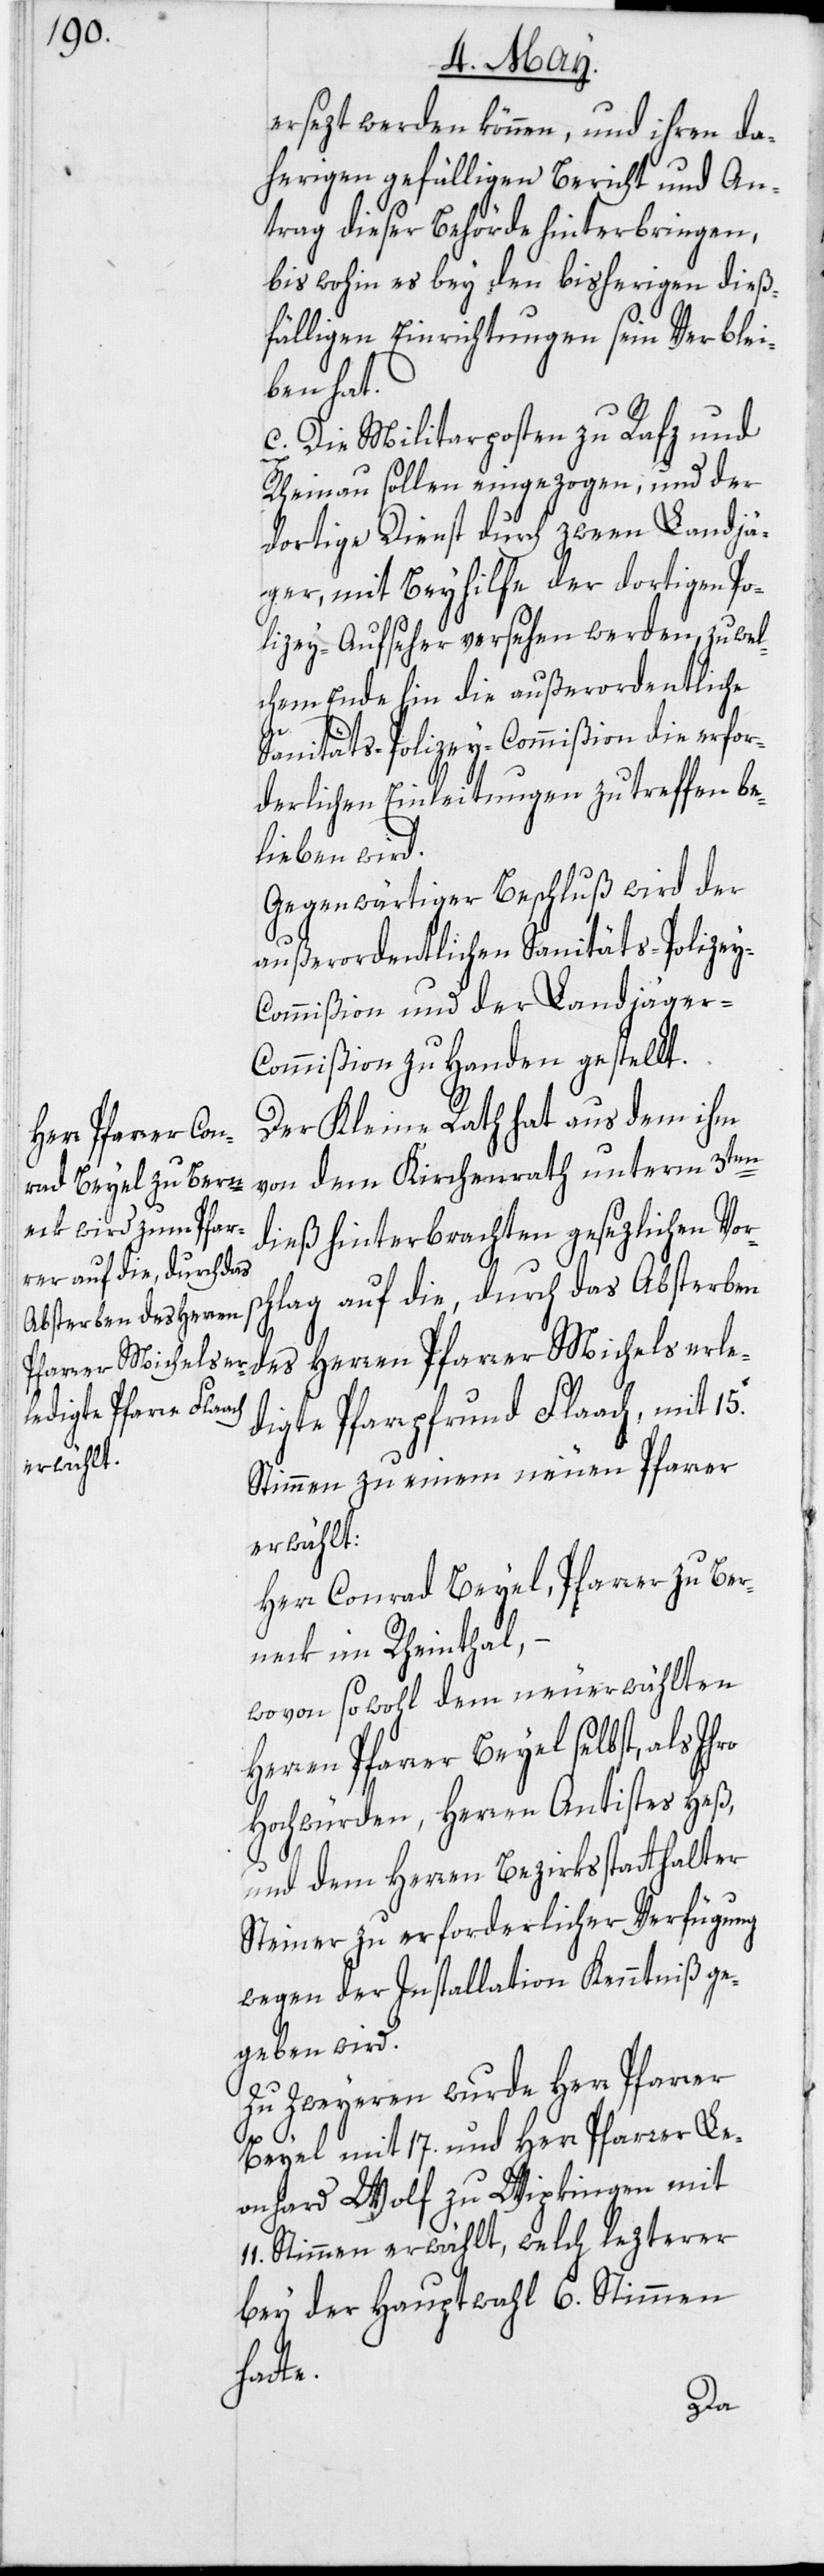
[sic!] werden können, und ihren da¬
herigen gefälligen Bericht und An¬
trag dieser Behörde hinterbringen,
bis wohin es bey den bisherigen dieß¬
fälligen Einrichtungen sein Verblei¬
ben hat.
c. Die Militarposten zu Rafz und
Rheinau sollen eingezogen, und der
dortige Dienst durch zween Landjä¬
ger, mit Beyhilfe der dortigen Po¬
lizey-Aufseher versehen werden, zu we¬
lchem Ende hin die außerordentliche
Sanitäts-Polizey-Commißion die erfor¬
derlichen Einleitungen zu treffen be¬
lieben wird.
Gegenwärtiger Beschluß wird der
außerordentlichen Sanitäts-Polize¬
y-Commißion und der Landjäger-C¬
ommißion zu Handen gestellt.
Der Kleine Rath hat aus dem ihm
von dem Kirchenrath unterm 3ten
dieß hinterbrachten gesezlichen Vors¬
chlag auf die, durch das Absterben
des Herren Pfarrer Michels erle¬
digte Pfarrpfrund Flaach, mit 15.
Stimmen zu einem neuen Pfarrer
erwählt:
Herr Conrad Beyel, Pfarrer zu Ber¬
neck im Rheinthal,
wovon sowohl dem neuerwählten
Herren Pfarrer Beyel selbst, als
Hochwürden, Herren Antistes Heß,
und dem Herren Bezirksstatthalter
Steiner zu erforderlicher Verfügung
wegen der Installation Kenntniß ge¬
geben wird.
Zu Zweyeren wurde Herr Pfarrer
Beyel mit 17. und Herr Pfarrer Le¬
onhard Wolf zu Wipkingen mit
Stimmen erwählt, welch lezterer
bey der Hauptwahl 6. Stimmen
hatte.